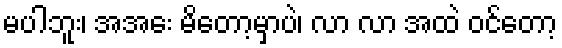
မပါဘူး၊ အအေး မိတော့မှာပဲ၊ လာ လာ အထဲ ဝင်တော့